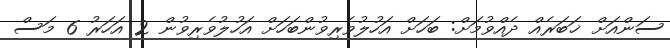
ސަންއަށް ޚަބަރެއް ދެއްވުމަށް: ބަހަށް އަހުލުވެރިވުންބަހަށް އަހުލުވެރިވުން 2 އަހަރު 6 މަސް